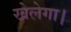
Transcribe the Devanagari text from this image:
खेलेगा।